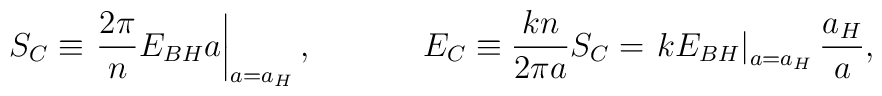
S_C\equiv\left.{{2\pi}\over n}E_{BH}a\right|_{a=a_H},\ \ \ \ \ \ \ \ \ \ E_C\equiv{{kn}\over{2\pi a}}S_C=\left.kE_{BH}\right|_{a=a_H}{a_H\over a},